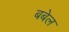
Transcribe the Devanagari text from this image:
बबेल